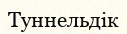
Туннельдік